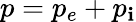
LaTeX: p=p_{e}+p_{\mathbf{i}}